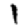
Digit: 1